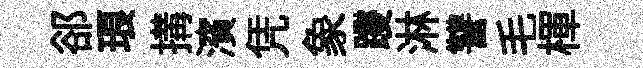
郤琅搆濱凭象躞淋讐毛楎